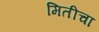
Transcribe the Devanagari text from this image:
मितीचा